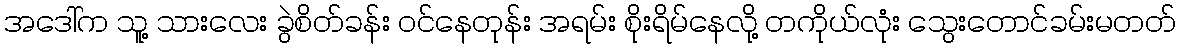
အဒေါ်က သူ့ သားလေး ခွဲစိတ်ခန်း ဝင်နေတုန်း အရမ်း စိုးရိမ်နေလို့ တကိုယ်လုံး သွေးတောင်ခမ်းမတတ်